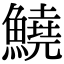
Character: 鱙